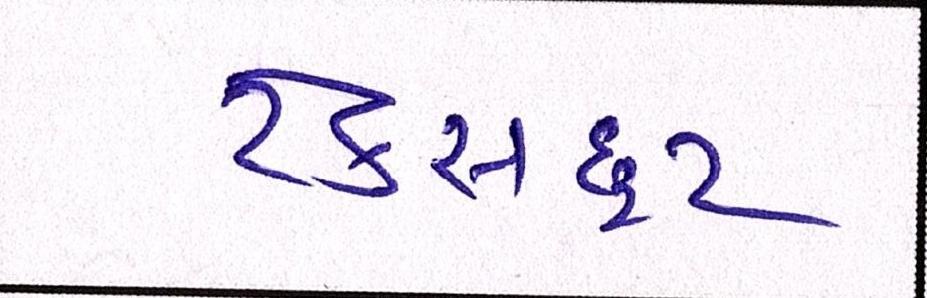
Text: ટેક્સછૂટ